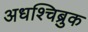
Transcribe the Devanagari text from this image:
अधश्चिब्रुक